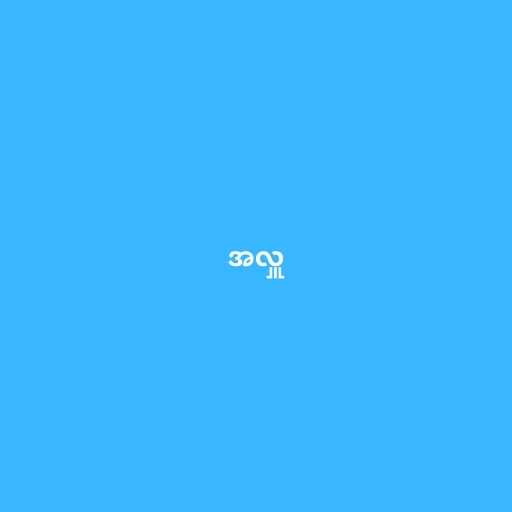
အလှူ